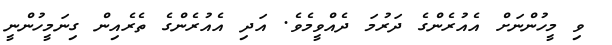
ވި މީހުންނަށް އެއުރެންގެ ދަރުމަ ދެއްވީމެވެ. އަދި އެއުރެންގެ ތެރެއިން ގިނަމީހުންނީ